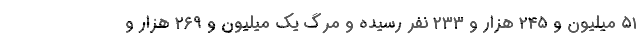
۵۱ میلیون و ۲۴۵ هزار و ۲۳۳ نفر رسیده و مرگ یک میلیون و ۲۶۹ هزار و